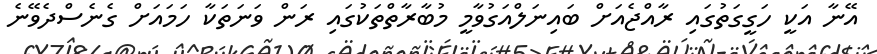
އޭނާ އަކީ ހަގީގަތުގައި ރާއްޖެއަށް ބައިނަލްއަގުވާމީ މުބާރާތްތަކުގައި ރަން ވަނަތަކާ ހަމައަށް ގެނެސްދެވޭނެ